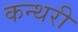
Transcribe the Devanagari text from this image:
कन्थरी